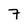
Character: 7